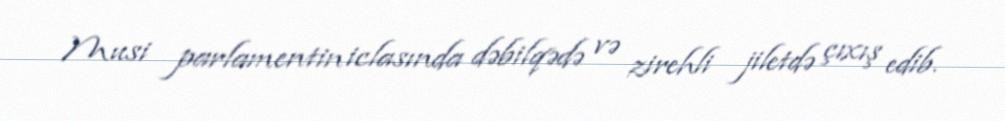
Musi parlamentin iclasında dəbilqədə və zirehli jiletdə çıxış edib.